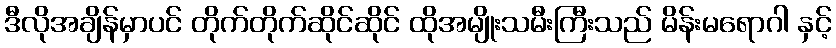
ဒီလိုအချိန်မှာပင် တိုက်တိုက်ဆိုင်ဆိုင် ထိုအမျိုးသမီးကြီးသည် မိန်းမရောဂါ နှင့်